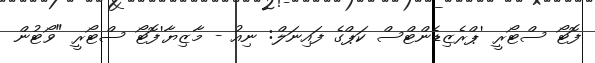
ފޮޓޯ ސްޓޯރީ 'ޕްރެޒިޑެންޓްސް ކަޕްގެ ފައިނަލް: ނިއު - މާޒިޔާ'ފޮޓޯ ސްޓޯރީ "ވޯޓުން